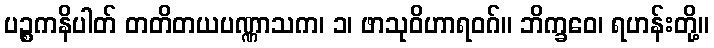
ပဉ္စကနိပါတ် တတိတယပဏ္ဏာသက၊ ၁၊ ဖာသုဝိဟာရဝဂ်။ ဘိက္ခဝေ၊ ရဟန်းတို့။